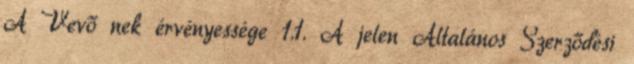
A Vevő nek érvényessége 1.1. A jelen Általános Szerződési